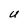
Character: U